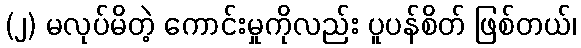
(၂) မလုပ်မိတဲ့ ကောင်းမှုကိုလည်း ပူပန်စိတ် ဖြစ်တယ်၊